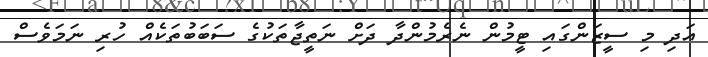
އަދި މި ސީޒަންގައި ޓީމުން ނެރެމުންދާ ދަށް ނަތީޖާތަކުގެ ސަބަބުތަކެއް ހުރި ނަމަވެސް